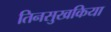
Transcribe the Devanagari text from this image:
तिनसुखकिया